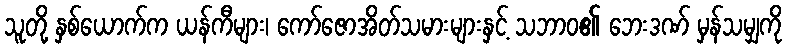
သူတို့ နှစ်ယောက်က ယန်ကီများ၊ ကော်ဇောအိတ်သမားများနှင့် သဘာဝ၏ ဘေးဒဏ် မှန်သမျှကို